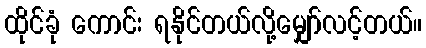
ထိုင်ခုံ ကောင်း ရနိုင်တယ်လို့မျှော်လင့်တယ်။